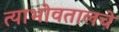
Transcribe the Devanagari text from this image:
त्याभोवतालचे